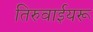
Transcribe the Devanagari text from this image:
तिरुवाईयरू